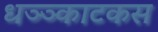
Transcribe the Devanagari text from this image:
धञ्ञ्काटकस